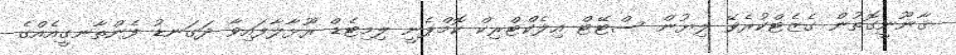
ޤާނޫނީގޮތުން ގެޒެޓްކުރެވޭ ލިޔުން ސްޓޭޓް އިލެކްޓްރިކް ކޮމްޕެނީ ލިމިޓެޑް ރޫޅާލާފައިވާ ދަގަނޑު ފެންތާނގީއެއްގެ